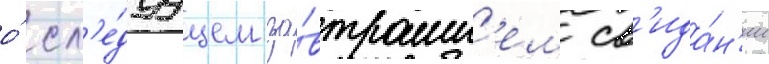
о́ сл'е́дуущем за́втрашн'ем св'ида́н'ии